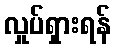
လှုပ်ရှားရန်